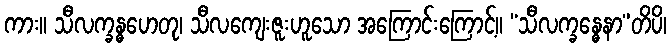
ကား။ သီလက္ခန္ဓဟေတု၊ သီလကျေးဇူးဟူသော အကြောင်းကြောင့်။ “သီလက္ခန္ဓေနာ”တိပိ၊